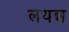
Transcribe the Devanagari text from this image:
लयन्न